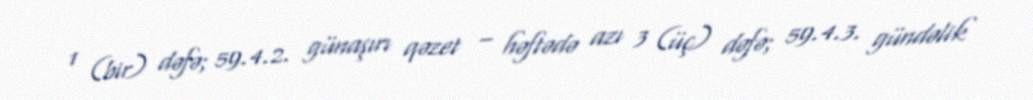
1 (bir) dəfə; 59.4.2. günaşırı qəzet – həftədə azı 3 (üç) dəfə; 59.4.3. gündəlik